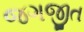
જગજીત